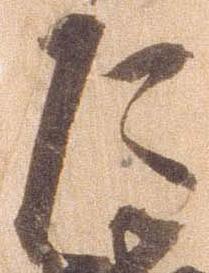
乍